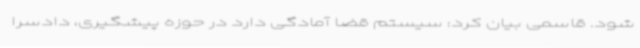
شود. قاسمی بیان کرد: سیستم قضا آمادگی دارد در حوزه پیشگیری، دادسرا